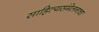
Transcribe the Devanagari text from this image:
साहित्यसंमेलनाचा